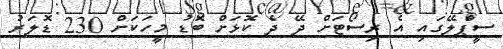
ސީޕްލޭގައި އެ ރިސޯޓަށް ދޭ ދެ ކޮޅަށް ބޮޑު މީހަކަށް 230 ޑޮލަރު